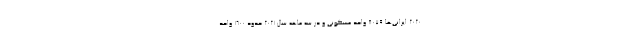
۲۰۲۰ ایرانی‌ها ۸۰۷۹ واحد مسکونی و در سه ماهه سال ۲۰۲۱ حدود ۱۶۰۰ واحد